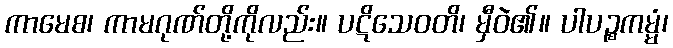
ကာမေစ၊ ကာမဂုဏ်တို့ကိုလည်း။ ပဋိသေဝတိ၊ မှီဝဲ၏။ ပါပဉ္စကမ္မံ၊